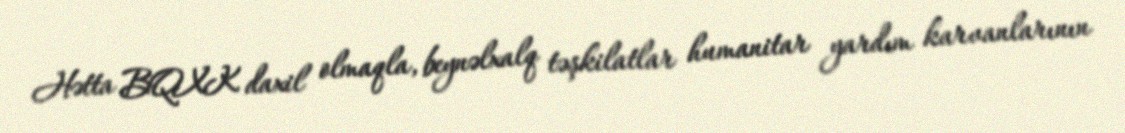
Hətta BQXK daxil olmaqla, beynəlxalq təşkilatlar humanitar yardım karvanlarının